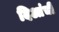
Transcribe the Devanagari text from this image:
दिआंची